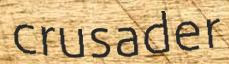
crusader